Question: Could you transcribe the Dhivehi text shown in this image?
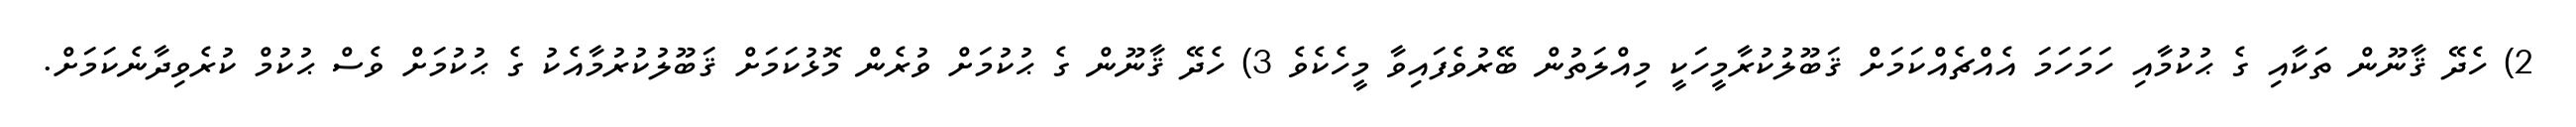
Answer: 2) ހެދޭ ޤާނޫން ތަކާއި ގެ ޙުކުމާއި ހަމަހަމަ އެއްޗެއްކަމަށް ޤަބޫލުކުރާމީހަކީ މިއްލަތުން ބޭރުވެފައިވާ މީހެކެވެ 3) ހެދޭ ޤާނޫން ގެ ޙުކުމަށް ވުރެން މޮޅުކަމަށް ޤަބޫލުކުރުމާއެކު ގެ ޙުކުމަށް ވެސް ޙުކުމް ކުރެވިދާނެކަމަށް.